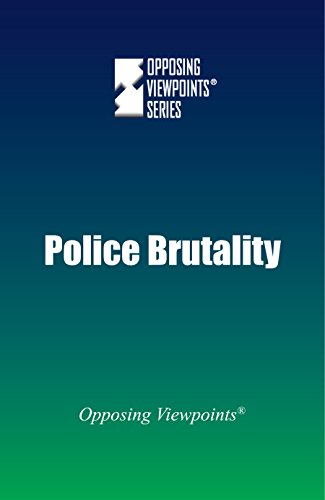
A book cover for Police Brutality (Opposing Viewpoints); Greenhaven Press; Teen & Young Adult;